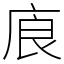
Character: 㢃